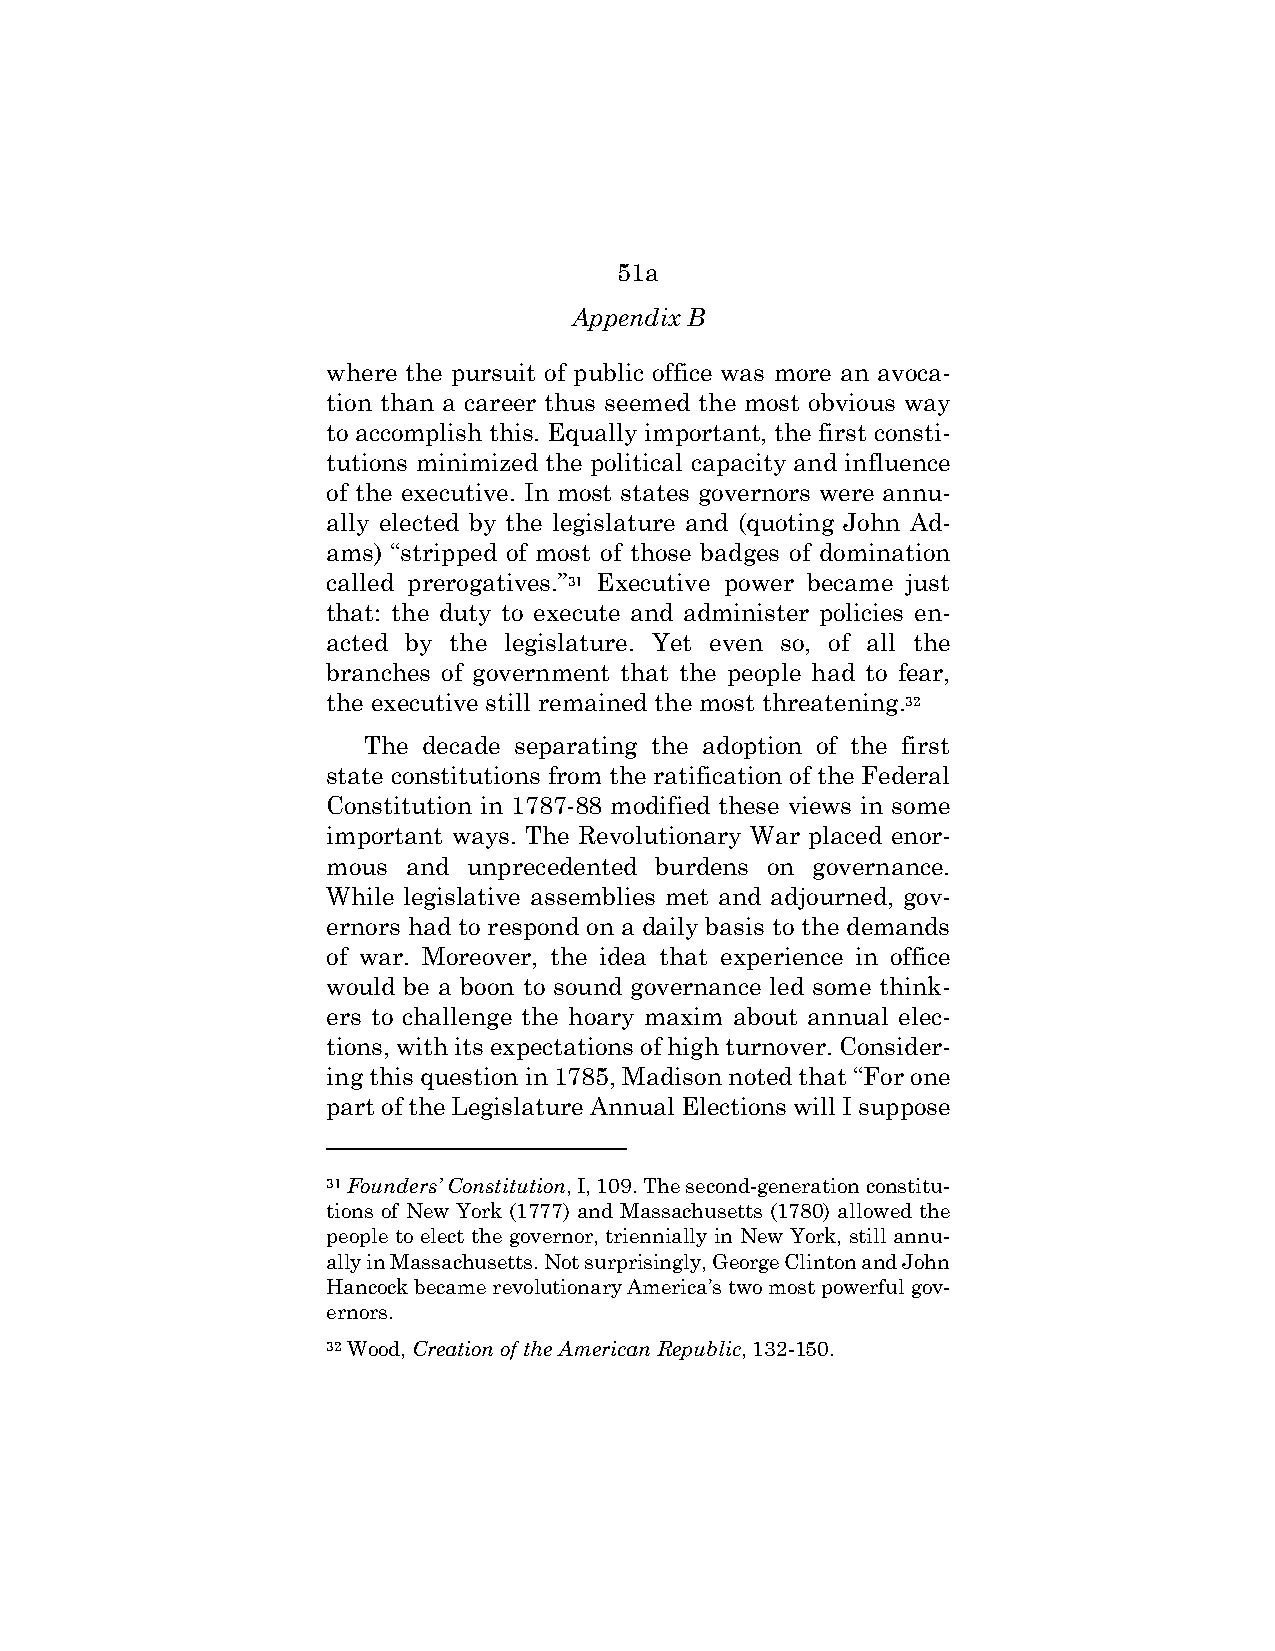
51a
 Appendix B
 where the pursuit of public office was more an avoca-
 tion than a career thus seemed the most obvious way
 to accomplish this. Equally important, the first consti-
 tutions minimized the political capacity and influence
 of the executive. In most states governors were annu-
 ally elected by the legislature and (quoting John Ad-
 ams) “stripped of most of those badges of domination
 called prerogatives.”31 Executive power became just
 that: the duty to execute and administer policies en-
 acted by the legislature. Yet even so, of all the
 branches of government that the people had to fear,
 the executive still remained the most threatening.32
 The decade separating the adoption of the first
 state constitutions from the ratification of the Federal
 Constitution in 1787-88 modified these views in some
 important ways. The Revolutionary War placed enor-
 mous and unprecedented burdens on governance.
 While legislative assemblies met and adjourned, gov-
 ernors had to respond on a daily basis to the demands
 of war. Moreover, the idea that experience in office
 would be a boon to sound governance led some think-
 ers to challenge the hoary maxim about annual elec-
 tions, with its expectations of high turnover. Consider-
 ing this question in 1785, Madison noted that “For one
 part of the Legislature Annual Elections will I suppose
 31 Founders’ Constitution, I, 109. The second-generation constitu-
 tions of New York (1777) and Massachusetts (1780) allowed the
 people to elect the governor, triennially in New York, still annu-
 ally in Massachusetts. Not surprisingly, George Clinton and John
 Hancock became revolutionary America’s two most powerful gov-
 ernors.
 32 Wood, Creation of the American Republic, 132-150.